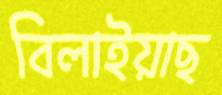
বিলাইয়াছ